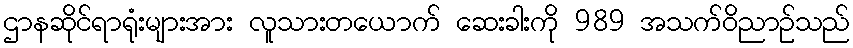
ဌာနဆိုင်ရာရုံးများအား လူသားတယောက် ဆေးခါးကို 989 အသက်ဝိညာဉ်သည်